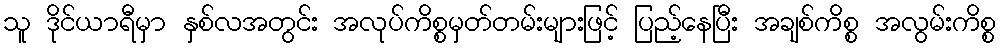
သူ ဒိုင်ယာရီမှာ နှစ်လအတွင်း အလုပ်ကိစ္စမှတ်တမ်းများဖြင့် ပြည့်နေပြီး အချစ်ကိစ္စ အလွမ်းကိစ္စ